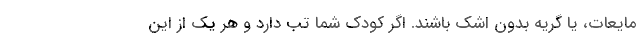
مایعات، یا گریه بدون اشک باشند. اگر کودک شما تب دارد و هر یک از این